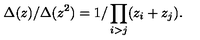
\Delta ( z ) / \Delta ( z ^ { 2 } ) = 1 / \prod _ { i > j } ( z _ { i } + z _ { j } ) .